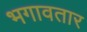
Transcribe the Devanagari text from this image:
भगावतार